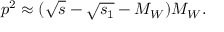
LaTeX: p ^ { 2 } \approx ( \sqrt { s } - \sqrt { s _ { 1 } } - M _ { W } ) M _ { W } .